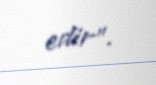
edir”.